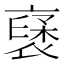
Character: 𮖥